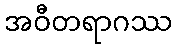
အဝီတရာဂဿ